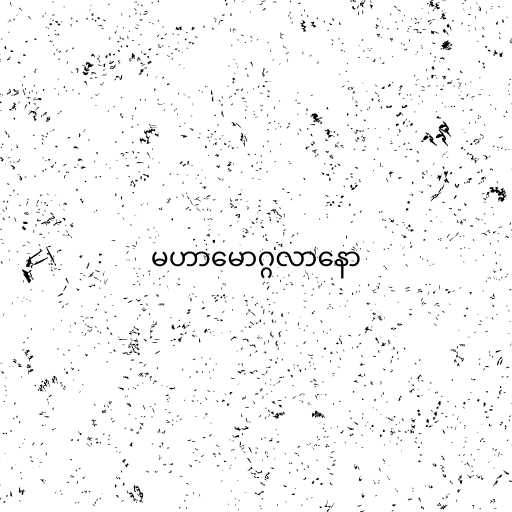
မဟာမောဂ္ဂလာနော